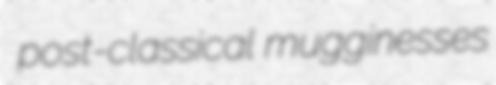
post-classical mugginesses